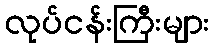
လုပ်ငန်းကြီးများ